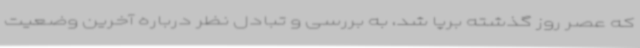
که عصر روز گذشته برپا شد، به بررسی و تبادل نظر درباره آخرین وضعیت